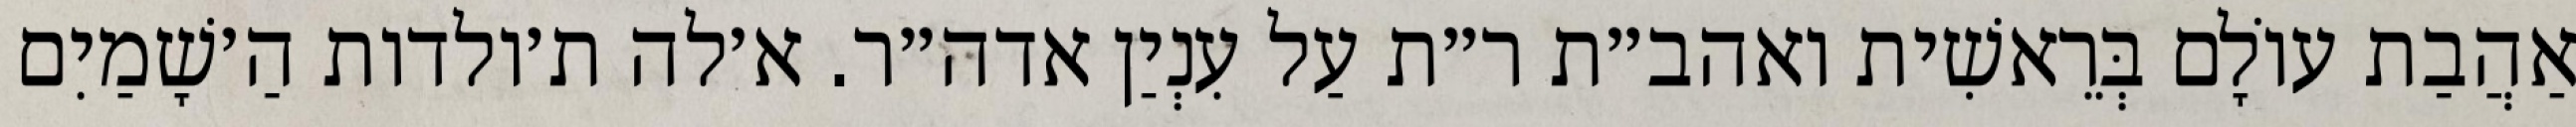
אַהֲבַת עוֹלָם בְּרֵאשִׁית ואהב״ת ר״ת עַל עִנְיַן אדה״ר. א׳לה ת׳ולדות הַ׳שָׁמַיִם